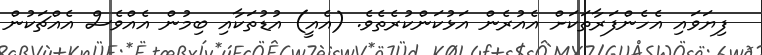
ފިޔަވައި އެހެންފަރާތަކަށް އެއުރެން އަޅުކަންކުރެތެވެ. (އެއީ) އުޑުތަކާއި ބިމުން އެއްވެސް އެއްޗަކުން